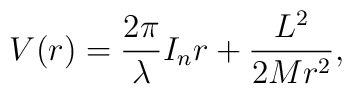
V(r) =\frac{2\pi}{\lambda} I_n r + \frac{L^2}{2Mr^2},